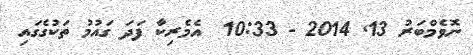
ނޮވެމްބަރު 13